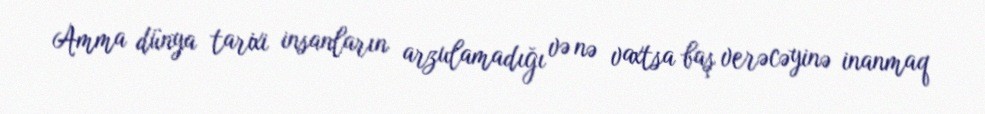
Amma dünya tarixi insanların arzulamadığı və nə vaxtsa baş verəcəyinə inanmaq